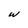
Character: w